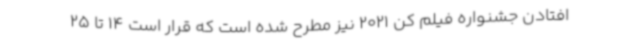
افتادن جشنواره فیلم کن 2021 نیز مطرح شده است که قرار است 14 تا 25